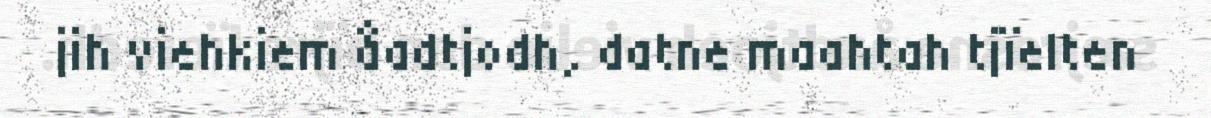
jih viehkiem åadtjodh, datne maahtah tjïelten